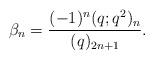
LaTeX: \begin{align*} \beta_n = \frac{(-1)^n(q;q^2)_n}{(q)_{2n+1}}.\end{align*}